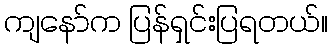
ကျနော်က ပြန်ရှင်းပြရတယ်။